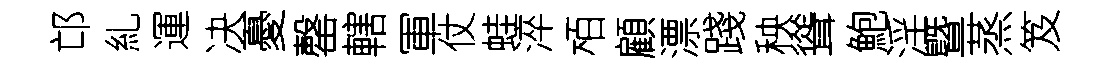
邙糺運决憂罄轄軍仗蛙淬栢顧漂踐秧聳鮑淫曁蒸笈